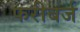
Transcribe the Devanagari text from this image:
फरीबर्ज